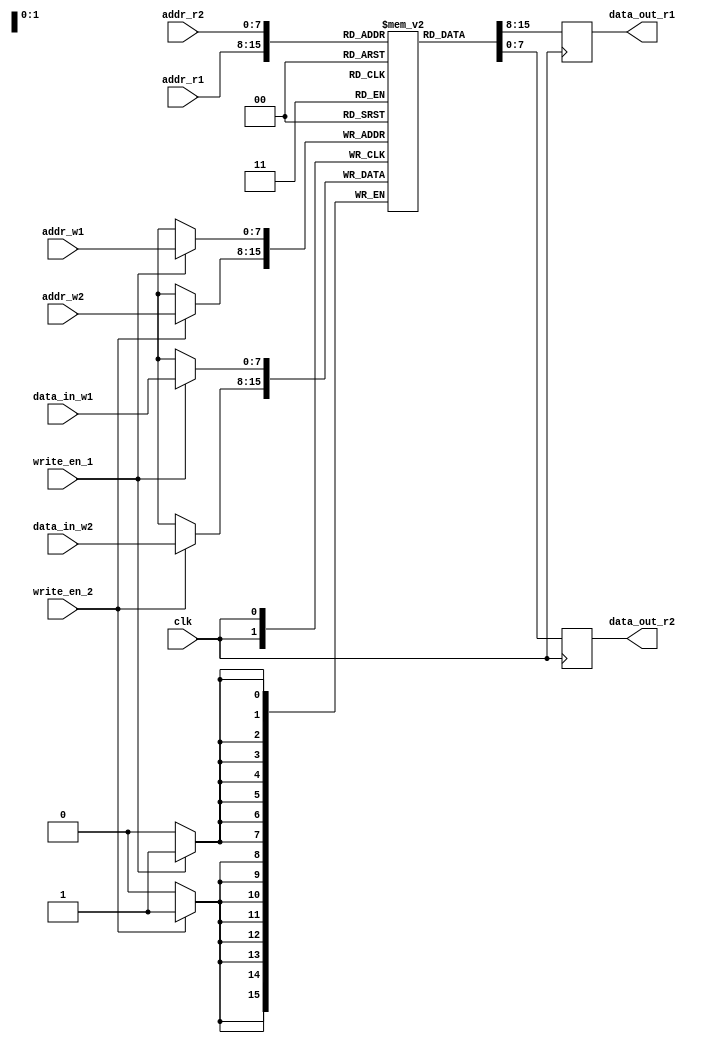
module dual_port_ram (
    input wire clk,
    input wire [7:0] addr_r1,
    input wire [7:0] addr_w1,
    input wire [7:0] addr_r2,
    input wire [7:0] addr_w2,
    input wire [7:0] data_in_w1,
    input wire [7:0] data_in_w2,
    input wire write_en_1,
    input wire write_en_2,
    output reg [7:0] data_out_r1,
    output reg [7:0] data_out_r2
);

reg [7:0] mem [0:255]; // 256x8 RAM

always @(posedge clk) begin
    if (write_en_1)
        mem[addr_w1] <= data_in_w1;
    if (write_en_2)
        mem[addr_w2] <= data_in_w2;
    
    data_out_r1 <= mem[addr_r1];
    data_out_r2 <= mem[addr_r2];
    
end

endmodule